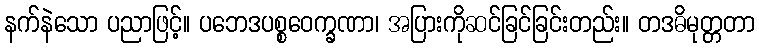
နက်နဲသော ပညာဖြင့်။ ပဘေဒပစ္စဝေက္ခဏာ၊ အပြားကိုဆင်ခြင်ခြင်းတည်း။ တဒဓိမုတ္တတာ